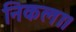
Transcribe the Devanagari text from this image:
निकला।